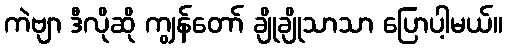
ကဲဗျာ ဒီလိုဆို ကျွန်တော် ချိုချိုသာသာ ပြောပါ့မယ်။